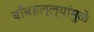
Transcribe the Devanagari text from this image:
बाँबहल्ल्यांमुळे